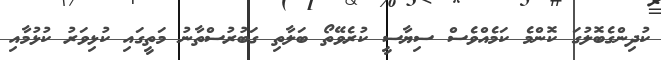
ކުދިންގެބޮލުގަ ކޮންމެ ކަމެއްވެސް ސިޔާސީ ކުރެވޭތޯ ބަލާތި ގަބުރުސްތާނު މަތީގައި ކުޅިވަރު ކުޅުމާއި